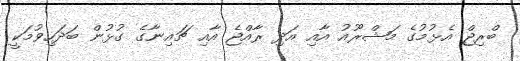
ބްރިޖް އެޅުމުގެ މަޝްރޫއު އާއި އަދި ރާއްޖެ އާއި ޗައިނާގެ ގުޅުން ބަދަހިވުމަކީ